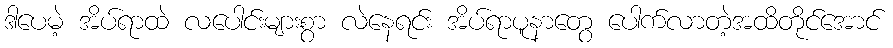
ဒါပေမဲ့ အိပ်ရာထဲ လပေါင်းများစွာ လဲနေရင်း အိပ်ရာပူနာတွေ ပေါက်လာတဲ့အထိတိုင်အောင်